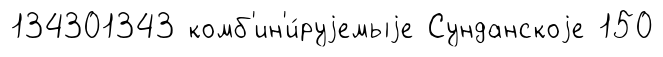
134301343 комб'ин'и́руjемыjе Сунданскоjе 150